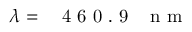
\lambda = \mathrm { ~ \ensuremath ~ { ~ 4 ~ 6 ~ 0 ~ . ~ 9 ~ } ~ \, ~ n ~ m ~ }